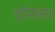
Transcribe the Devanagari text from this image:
दांग्ला